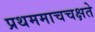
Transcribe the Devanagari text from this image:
प्रथममाचचक्षते